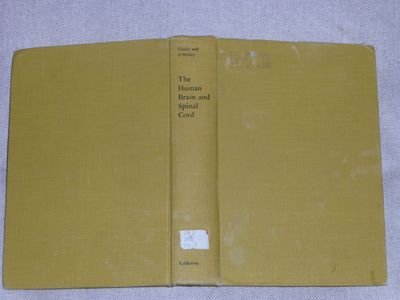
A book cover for Human Brain & Spinal Cord; Edwin Clarke; Health, Fitness & Dieting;